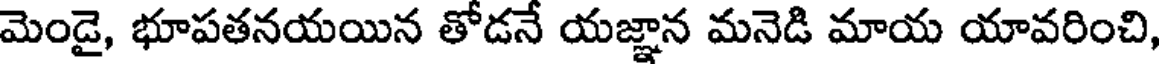
మెండై, భూపతనయయిన తోడనే యజ్ఞాన మనెడి మాయ యావరించి,